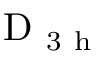
\mathrm { ~ D ~ } _ { 3 \mathrm { ~ h ~ } }